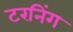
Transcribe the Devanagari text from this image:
टरनिंग